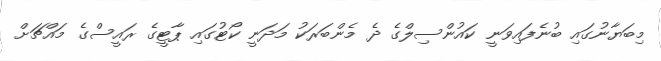
މިބަޔާނުގައި ބުނެފައިވަނީ ކައުންސިލްގެ ދެ މެންބަރަކު މަދަނީ ކޯޓުގައި ޕާޓީގެ ރައީސްގެ މައްޗަށް